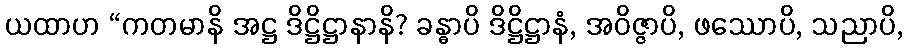
ယထာဟ “ကတမာနိ အဋ္ဌ ဒိဋ္ဌိဋ္ဌာနာနိ? ခန္ဓာပိ ဒိဋ္ဌိဋ္ဌာနံ, အဝိဇ္ဇာပိ, ဖဿောပိ, သညာပိ,